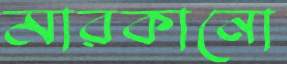
মারকানো